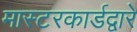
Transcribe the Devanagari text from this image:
मास्टरकार्डद्वारे